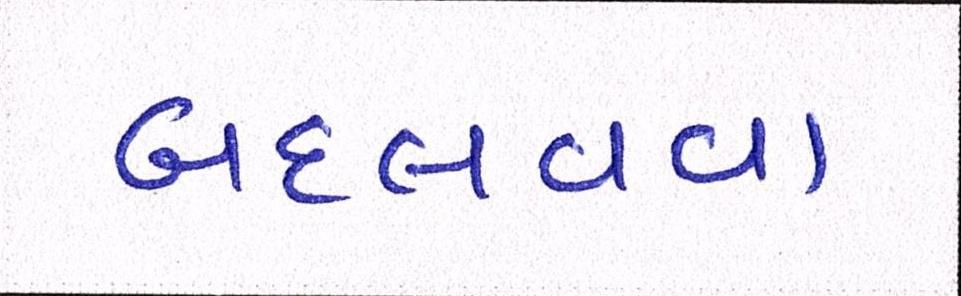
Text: બદલવવા